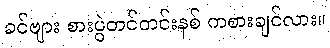
ခင်ဗျား စားပွဲတင်တင်းနစ် ကစားချင်လား။